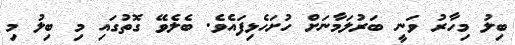
ބިލު މިހާރު ވަނީ ބަރުލަމާނަށް ހުށަހެޅިފައެވެ. ބެލެވޭ ގޮތުގައި މި ބިލު މި